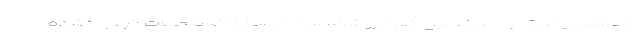
نظرسنجی بریتانیا امروز صبح گفت روشن است که این یک انتخابات دزدیده‌شده